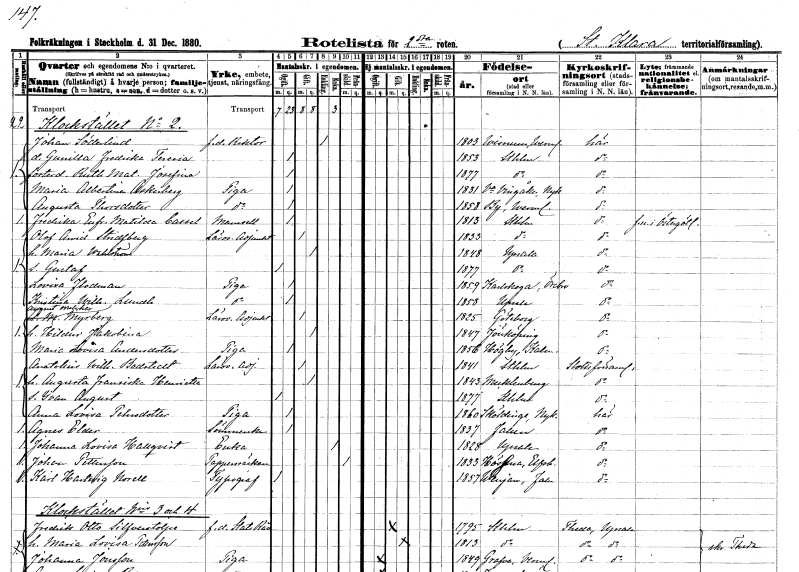
gt_parse: households: individuals: FN: Johan
EN: Söderlind
YRKE: Rektor f.d.
KON: M
CIV: E
FODAR: 1803
FODFORS: Visnum Värmlands län
FN: Gunilla Fredrika Teresia
KON: K
CIV: O
FODAR: 1853
FODFORS: Stockholm
FN: Ruth Matilda Josefina
KON: K
CIV: O
FODAR: 1877
FODFORS: Stockholm
FN: Maria Albertina
EN: Askerberg
YRKE: Piga
KON: K
CIV: O
FODAR: 1831
FODFORS: Västra Vingåker Södermanlands län
FN: Augusta
EN: Thorsdotter
YRKE: Piga
KON: K
CIV: O
FODAR: 1858
FODFORS: By Värmlands län
FN: Fredrika Eufrosyne Matilda
EN: Cassel
KON: K
CIV: O
FODAR: 1813
FODFORS: Stockholm
FN: Olof Arvid
EN: Stridsberg
YRKE: Läroverksadjunkt
KON: M
CIV: G
FODAR: 1833
FODFORS: Stockholm
FN: Maria
EN: Wahlström
KON: K
CIV: G
FODAR: 1848
FODFORS: Uppsala Uppsala län
FN: Gustaf
KON: M
CIV: O
FODAR: 1877
FODFORS: Uppsala Uppsala län
FN: Lovisa
EN: Flodman
YRKE: Piga
KON: K
CIV: O
FODAR: 1859
FODFORS: Karlskoga Örebro län
FN: Kristina Wilhelmina
EN: Lundh
YRKE: Piga
KON: K
CIV: O
FODAR: 1858
FODFORS: Uppsala Uppsala län
FN: August Melcher
EN: Myrberg
YRKE: Läroverksadjunkt
KON: M
CIV: G
FODAR: 1825
FODFORS: Göteborg Göteborgs- och Bohuslän
FN: Hildur Jakobina
KON: K
CIV: G
FODAR: 1847
FODFORS: Jönköping Jönköpings län
FN: Maria Lovisa
EN: Andersdotter
YRKE: Piga
KON: K
CIV: O
FODAR: 1856
FODFORS: Högby Kalmar län
FN: Anatolius Wilhelm
EN: Bodstedt
YRKE: Läroverksadjunkt
KON: M
CIV: G
FODAR: 1841
FODFORS: Stockholm
FN: Augusta Fransiska Henriette
KON: K
CIV: G
FODAR: 1843
FN: Ivan August
KON: M
CIV: O
FODAR: 1877
FODFORS: Stockholm
FN: Anna Lovisa
EN: Pehrsdotter
YRKE: Piga
KON: K
CIV: O
FODAR: 1860
FODFORS: Sköldinge Södermanlands län
FN: Agnes
EN: Elder
YRKE: Sömmerska
KON: K
CIV: O
FODAR: 1837
FODFORS: Falun Kopparbergs län
FN: Johanna Lovisa
EN: Hallqvist
YRKE: Änka
KON: K
CIV: E
FODAR: 1828
FODFORS: Uppsala Uppsala län
FN: Johan
EN: Pettersson
YRKE: Pappersräckare
KON: M
CIV: X
FODAR: 1833
FODFORS: Hössna Älvsborgs län
FN: Karl Hartvig
EN: Norell
YRKE: Typograf
KON: M
CIV: O
FODAR: 1857
FODFORS: Venjan Kopparbergs län